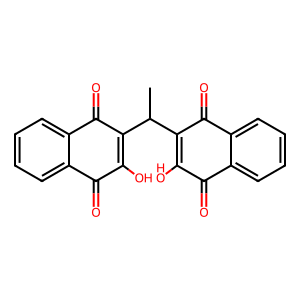
SMILES: CC(C1=C(O)C(=O)c2ccccc2C1=O)C1=C(O)C(=O)c2ccccc2C1=O
Inhibits HIV replication: No